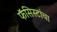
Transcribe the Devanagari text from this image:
फॅसिस्टांचा